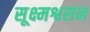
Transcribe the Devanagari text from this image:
सूक्ष्मश्वसन